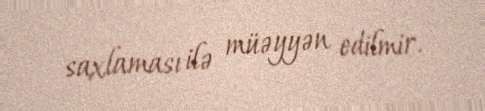
saxlaması ilə müəyyən edilmir.